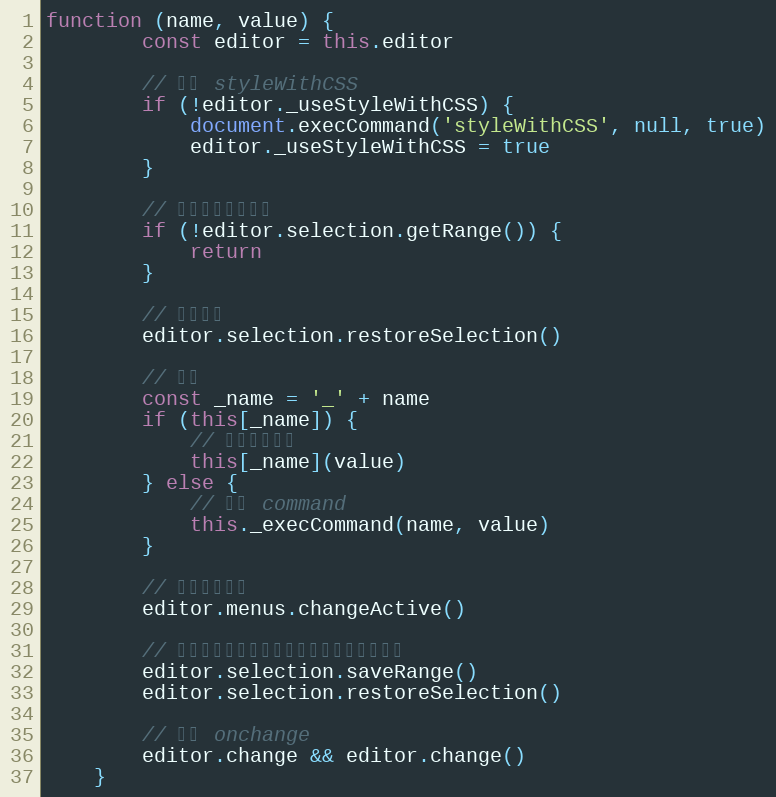
Language: JavaScript
function (name, value) {
        const editor = this.editor

        // 使用 styleWithCSS
        if (!editor._useStyleWithCSS) {
            document.execCommand('styleWithCSS', null, true)
            editor._useStyleWithCSS = true
        }

        // 如果无选区，忽略
        if (!editor.selection.getRange()) {
            return
        }

        // 恢复选取
        editor.selection.restoreSelection()

        // 执行
        const _name = '_' + name
        if (this[_name]) {
            // 有自定义事件
            this[_name](value)
        } else {
            // 默认 command
            this._execCommand(name, value)
        }

        // 修改菜单状态
        editor.menus.changeActive()

        // 最后，恢复选取保证光标在原来的位置闪烁
        editor.selection.saveRange()
        editor.selection.restoreSelection()

        // 触发 onchange
        editor.change && editor.change()
    }